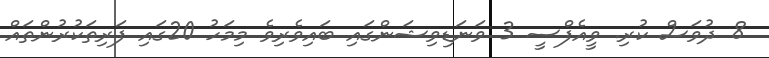
8 ދުވަސް ކުރި. ވީއެފްސީ 3 ވަނަޑިވިޝަންގައި ބައިވެރިވެ މިމަހު 20ގައި ފަރިތަކުރުންތައް